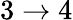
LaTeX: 3\to 4